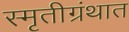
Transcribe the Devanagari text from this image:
स्मृतीग्रंथात